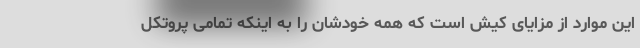
این موارد از مزایای کیش است که همه خودشان را به اینکه تمامی پروتکل